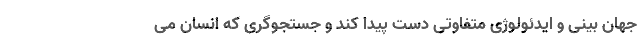
جهان بینی و ایدئولوژی متفاوتی دست پیدا کند و جستجوگری که انسان می